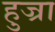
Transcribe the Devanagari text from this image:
हुज्रा